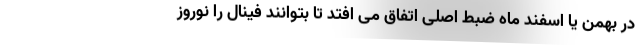
در بهمن یا اسفند ماه ضبط اصلی اتفاق می افتد تا بتوانند فینال را نوروز